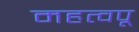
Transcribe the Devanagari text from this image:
महत्वपू